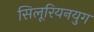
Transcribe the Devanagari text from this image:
सिलूरियनयुग